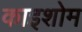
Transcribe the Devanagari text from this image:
काइशोम